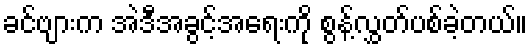
ခင်ဗျားက အဲဒီအခွင့်အရေးကို စွန့်လွှတ်ပစ်ခဲ့တယ်။